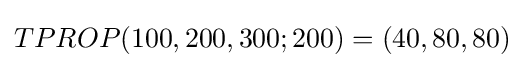
TPROP(100,200,300;200)=(40,80,80)